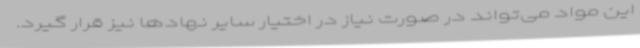
این مواد می‌تواند در صورت نیاز در اختیار سایر نهادها نیز قرار گیرد.